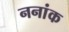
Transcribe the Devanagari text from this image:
ननांक